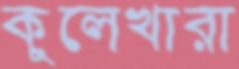
কুলেখারা